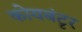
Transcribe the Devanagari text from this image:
कोयबंटृर